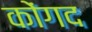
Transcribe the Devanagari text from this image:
कोंगद